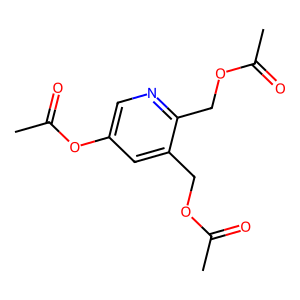
SMILES: CC(=O)OCc1cc(OC(C)=O)cnc1COC(C)=O
Inhibits HIV replication: No